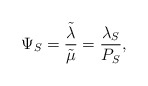
\begin{align*}\Psi_S = \frac{\tilde{\lambda}_{}}{\tilde{\mu}_{}} = \frac{\lambda_S}{P_S},\end{align*}